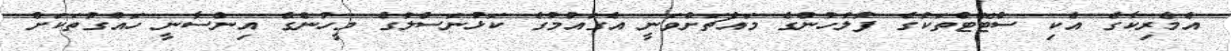
އެމެރިކާގެ އެކި ސްޓޭޓްތަކުގެ ފުލުހުންގެ މައްޗަށްވަނީ އެގައުމުގެ ކަޅުނަސްލުގެ މީހުންގެ އިންސާނީ ހައްގުތަކަށް